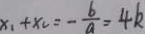
x _ { 1 } + x _ { 2 } = - \frac { 6 } { a } = 4 k